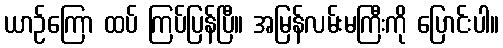
ယာဉ်ကြော ထပ် ကြပ်ပြန်ပြီ။ အမြန်လမ်းမကြီးကို ပြောင်းပါ။